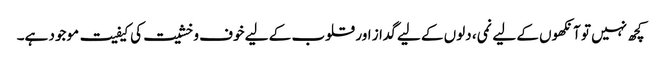
کچھ نہیں تو آنکھوں کے لیے نمی، دلوں کے لیے گداز اور قلوب کے لیے خوف و خشیت کی کیفیت موجود ہے۔